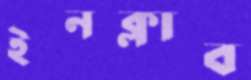
ইনক্লাব